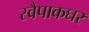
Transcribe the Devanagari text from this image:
स्वैपाकघर